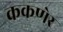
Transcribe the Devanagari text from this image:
ककणेर